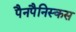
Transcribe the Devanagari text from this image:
पैनपैनिस्कस